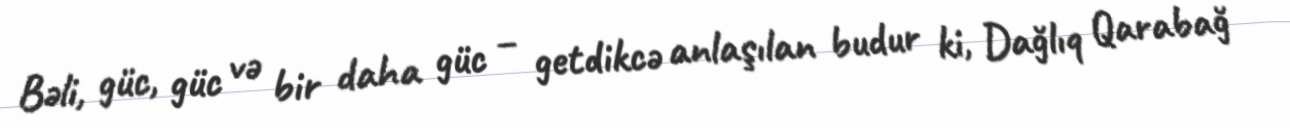
Bəli, güc, güc və bir daha güc – getdikcə anlaşılan budur ki, Dağlıq Qarabağ